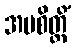
အပစိတ္တိံ